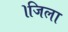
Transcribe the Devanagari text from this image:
।जिला